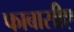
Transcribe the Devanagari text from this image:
फाबासीए